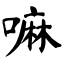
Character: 嘛